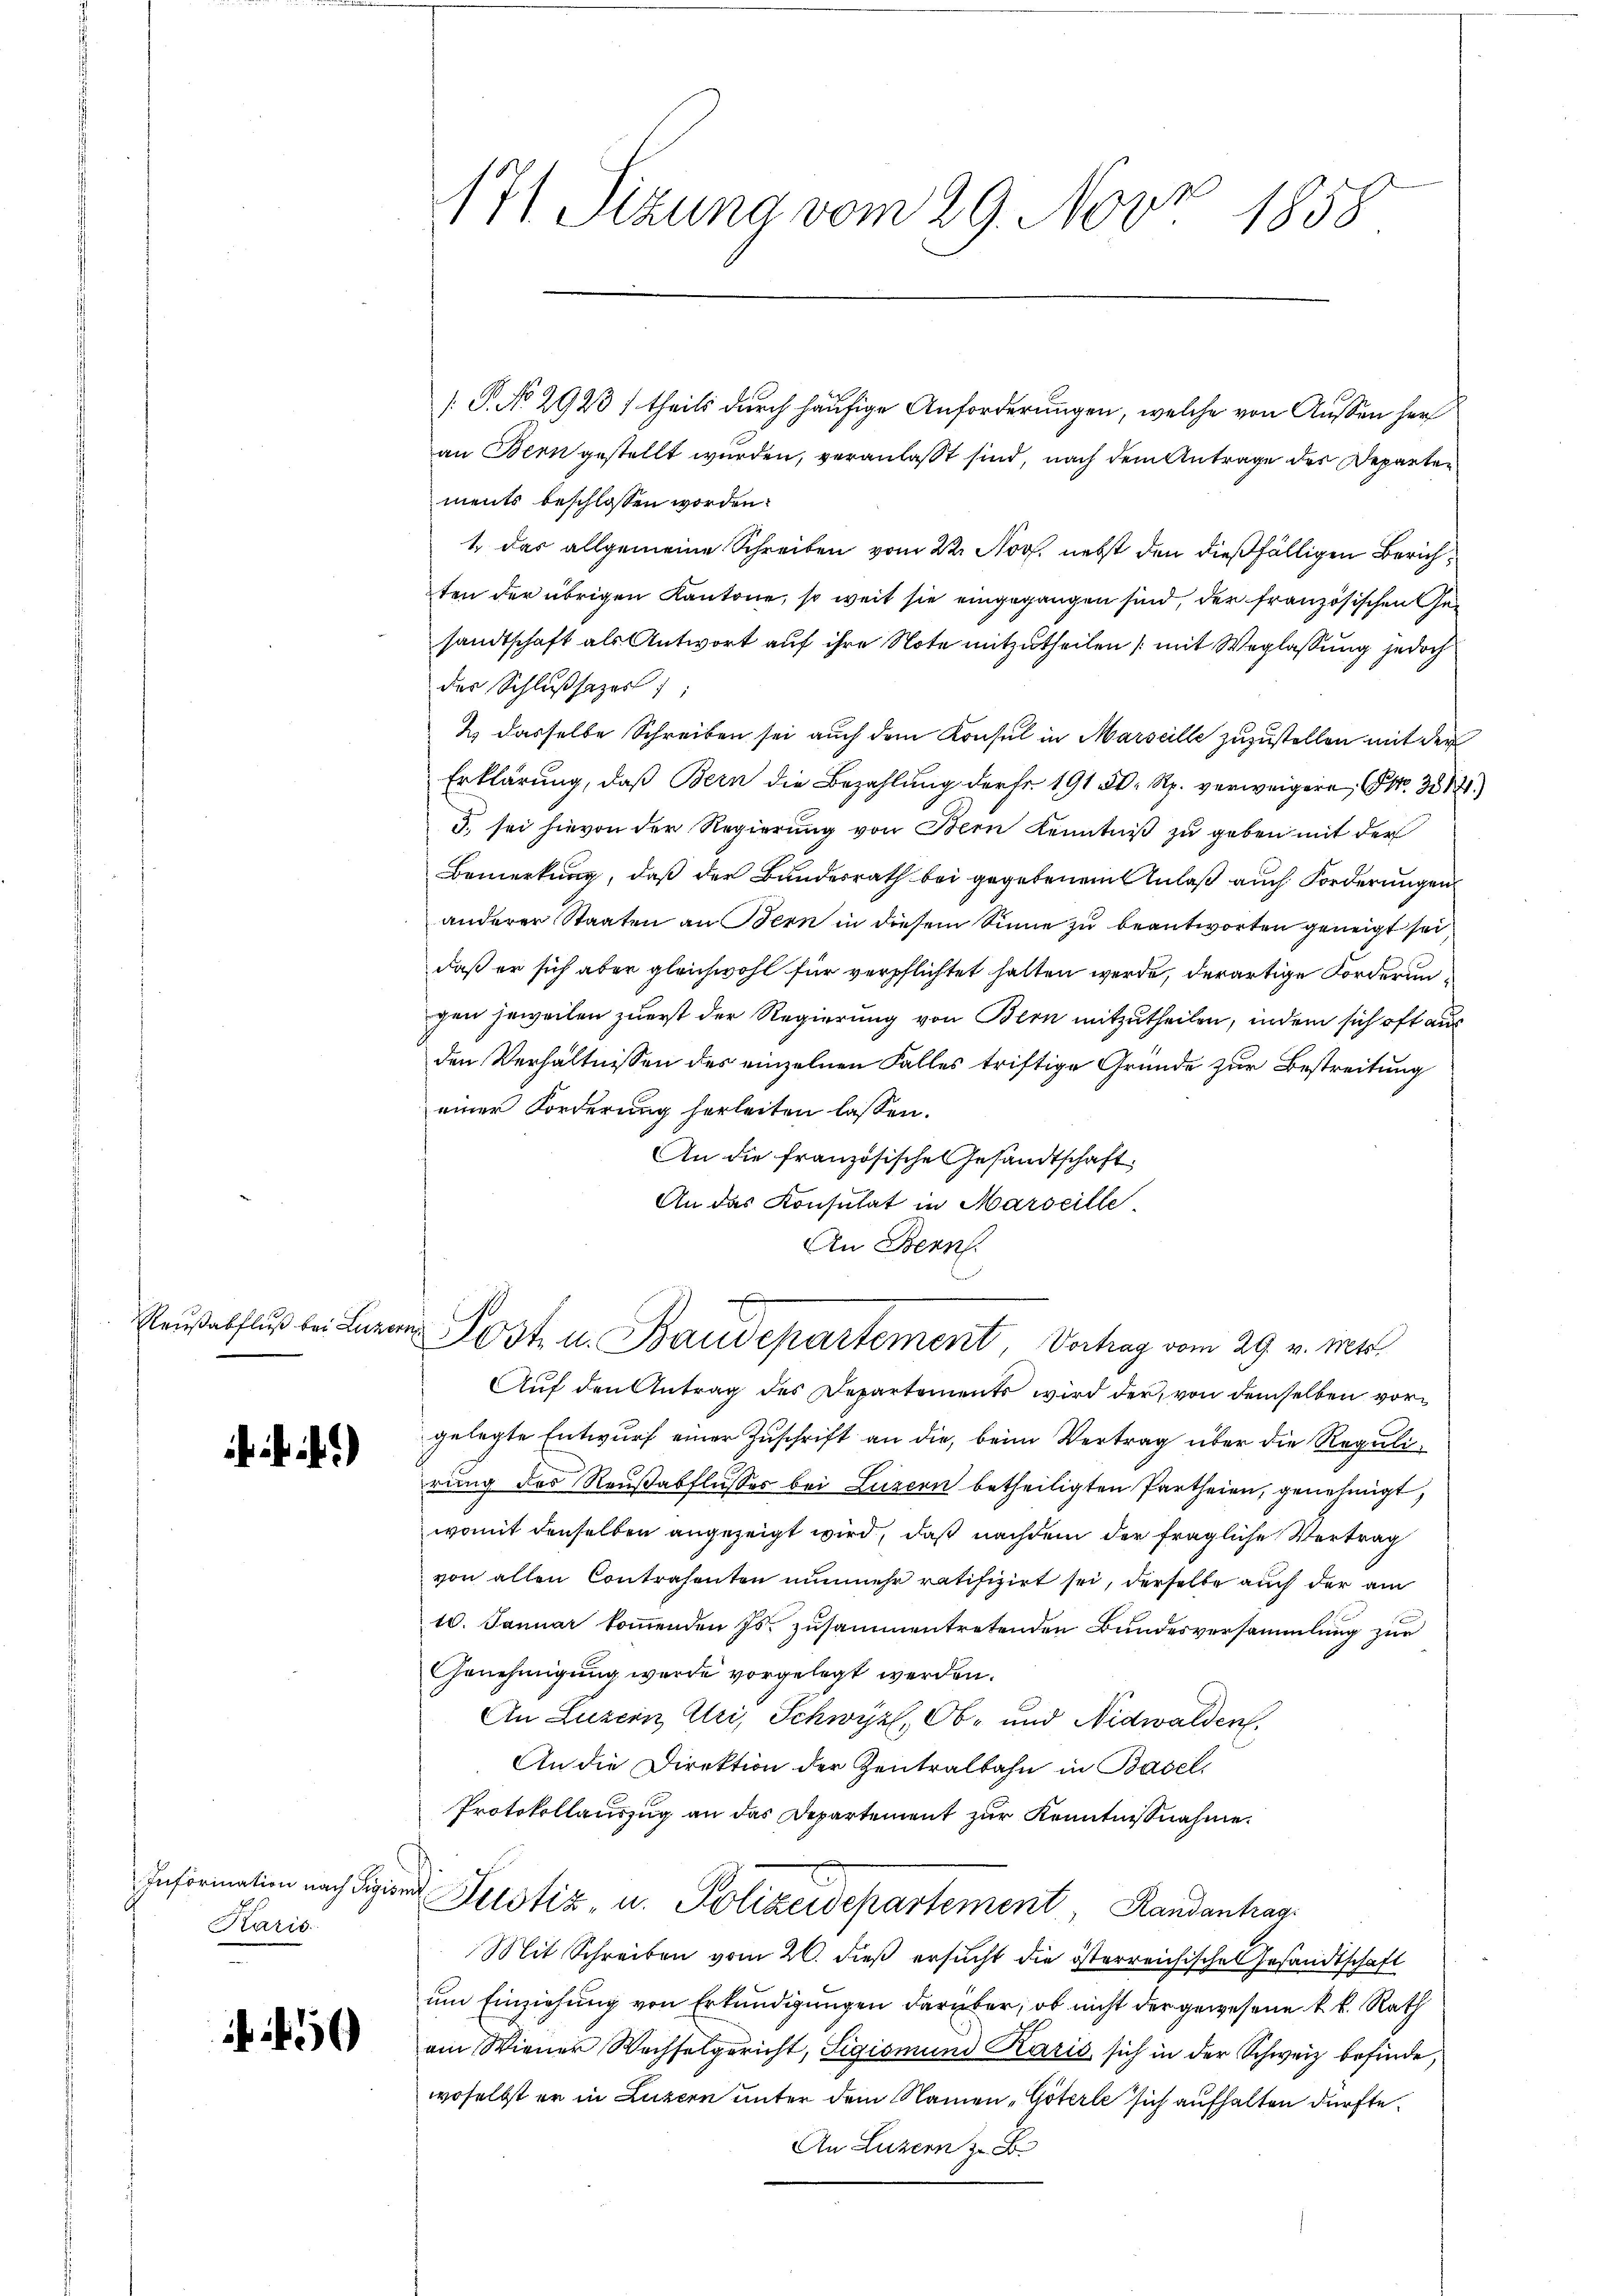
..

Information nach Sigis
Karis

)

[ P. No 2923 / theils durch häufige Anforderungen, welche von Aussen her
an Bern gestellt wurden, veranlaßt sind, nach dem Antrage des Departements beschlossen worden.
1 das allgemeine Schreiben vom 22. Nov. nebst den dießfälligen Zürichten der übrigen Kantone, so weit sie eingegangen sind, der französischen Gesandtschaft als Antwort auf ihre Note mitzutheilen (mit Weglassung jedoch
des Schlŭβsazes;
2 dasselbe Schreiben sei auch dem Konsul in Marseille zuzustellen mit der
Erklärung, daß Bern die Bezahlung der Fr. 191 5. Rp. verweigere, No. 3011.)
5. sei hievon der Regierung von Bern Kenntniß zu geben mit der
Bemerkung, daß der Bundesrath bei gegebenen Anlaß auch Forderungen
anderer Staaten an Bern in diesem Sinne zu beantworten geneigt sei,
daß er sich aber gleichwohl für verpflichtet hatten werde, derartige Forderungen jeweilen zuerst der Regierung von Bern mitzutheilen, indem sich oft aus
den Verhältnissen des einzelnen Falles triftige Gründe zur Bestreitung
einer Forderung herleiten lassen.
An die französische Gesandtschaft
An das Konsulat in Marseille
An Bern.

171 Sizung vom 29. Nov 1858

Raŭsabfluß bei Laron Post- u. Baudepartement, Vortrag vom 29. v. Mts.

Auf den Antrag des Departements wird der, von demselben vorgelegte Entwurf einer Zuschrift an die, beim Vertrag über die Regulirung des Reußabflusses bei Luzern betheiligten Partheien, genehmigt,
womit denselben angezeigt wird, daß nachdem der fragliche Vertrag
von allen Contrahenten nunmehr ratifizirt sei, derselbe auch der am
10. Januar kommenden Js. zusammentretenden Bundesversammlung zur
Genehmigung wurde vorgelegt werden.
An Luzern, Uri, Schwyz, Ob- und Nidwalden,
An die Direktion der Zentralbahn in Basel,
Protokollauszug an das Departement zur Kenntnißnahme.
und Justiz u. Polizeidepartement, Randanhag
Mit Schreiben vom 20. dieß ersucht die österreichische Gesandtschaft
um Einziehung von Erkundigungen darüber, ob nicht der gewesene k. k. Rath
am Wiener Wechselgericht, Sigismund Karis sich in der Schweiz befinde,
woselbst er in Luzern unter dem Namen „Göterle sich aufhalten dürfte.
An Luzern z. B.